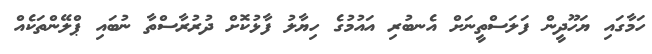
ހަމާގައި ޔަހޫދީން ފަލަސްތީނަށް އެނބުރި އައުމުގެ ހިޔާލު ފާޅުކޮށް ދުރުރާސްތާ ނުބައި ޕްލޭންތަކެއް